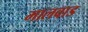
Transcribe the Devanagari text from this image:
मालवाड